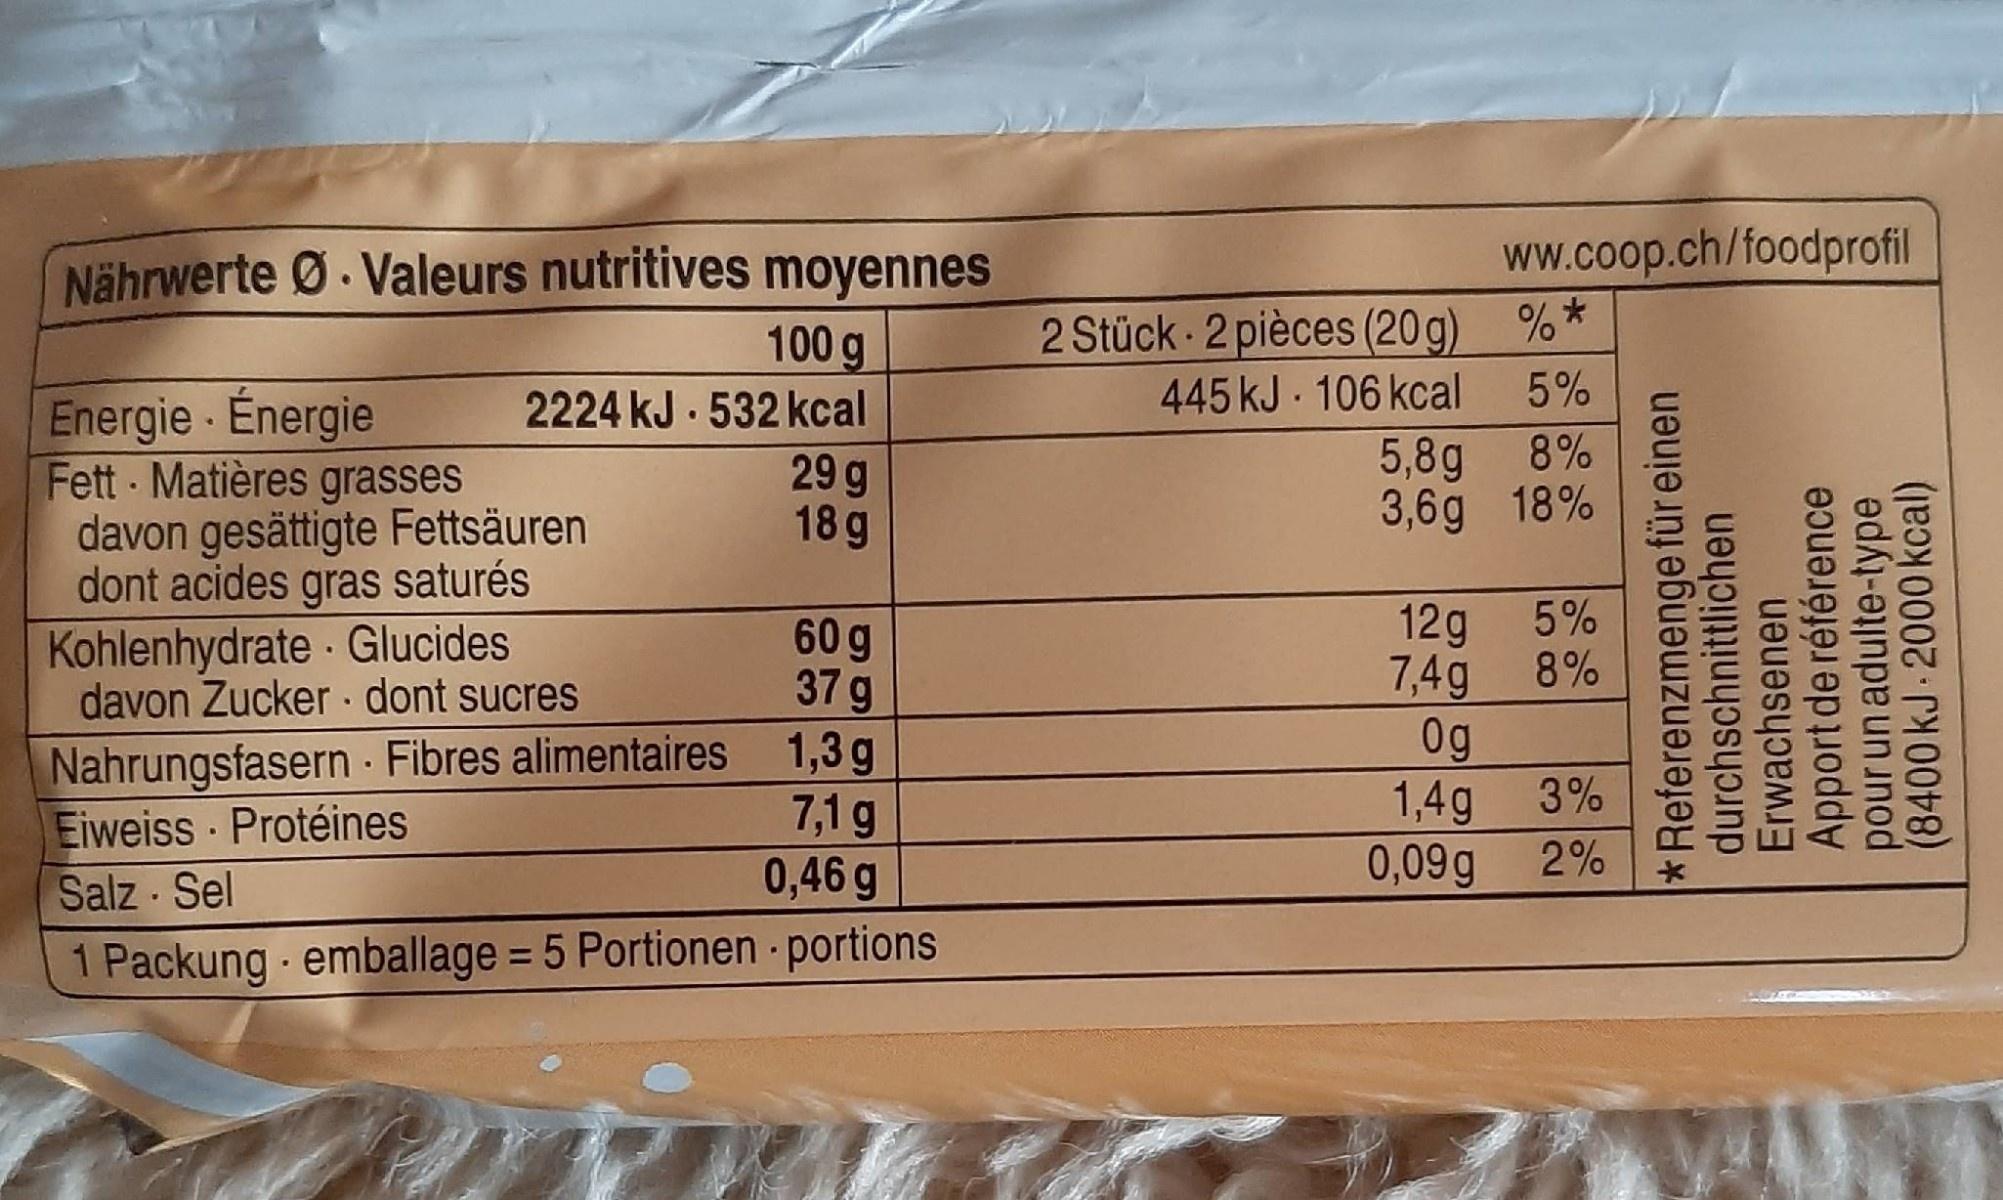
ww.coop.ch/foodprofil
Nährwerte Ø. Valeurs nutritives moyennes 100 g 2224 kJ 532 kcal 29 g 18g
2 Stück 2 pièces (20g) %* 5%
445 kJ 106 kcal
Energie - Énergie Fett Matières grasses davon gesättigte Fettsäuren dont acides saturés
5,8g 8% 3,6g 18%
gras
5% 8%
Kohlenhydrate - Glucides davon Zucker dont sucres
Nahrungsfasern Fibres alimentaires Eiweiss · Protéines Salz Sel
60 g 37 g 1,3 g 7,1 g 0,46 g
12g 7,4g 0g 3%
1,4g 2%
0,09g
1 Packung emballage = 5 Portionen portions
%3D
*Referenzmenge für einen durchschnittlichen Erwachsenen Apport de référence pour un adulte-type (8400 kJ 2000 kcal)